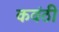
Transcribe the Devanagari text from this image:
कवंठी